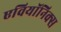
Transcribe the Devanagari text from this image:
एवियॉनिक्स